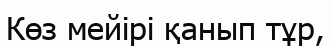
Көз мейірі қанып тұр,